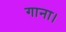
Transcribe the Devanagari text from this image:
गाना।